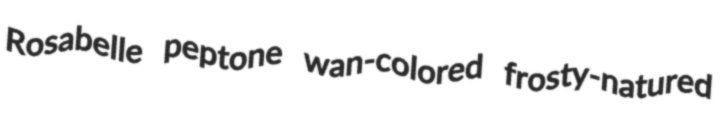
Rosabelle peptone wan-colored frosty-natured